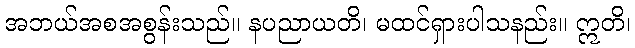
အဘယ်အစအစွန်းသည်။ နပညာယတိ၊ မထင်ရှားပါသနည်း။ ဣတိ၊